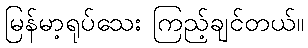
မြန်မာ့ရုပ်သေး ကြည့်ချင်တယ်။